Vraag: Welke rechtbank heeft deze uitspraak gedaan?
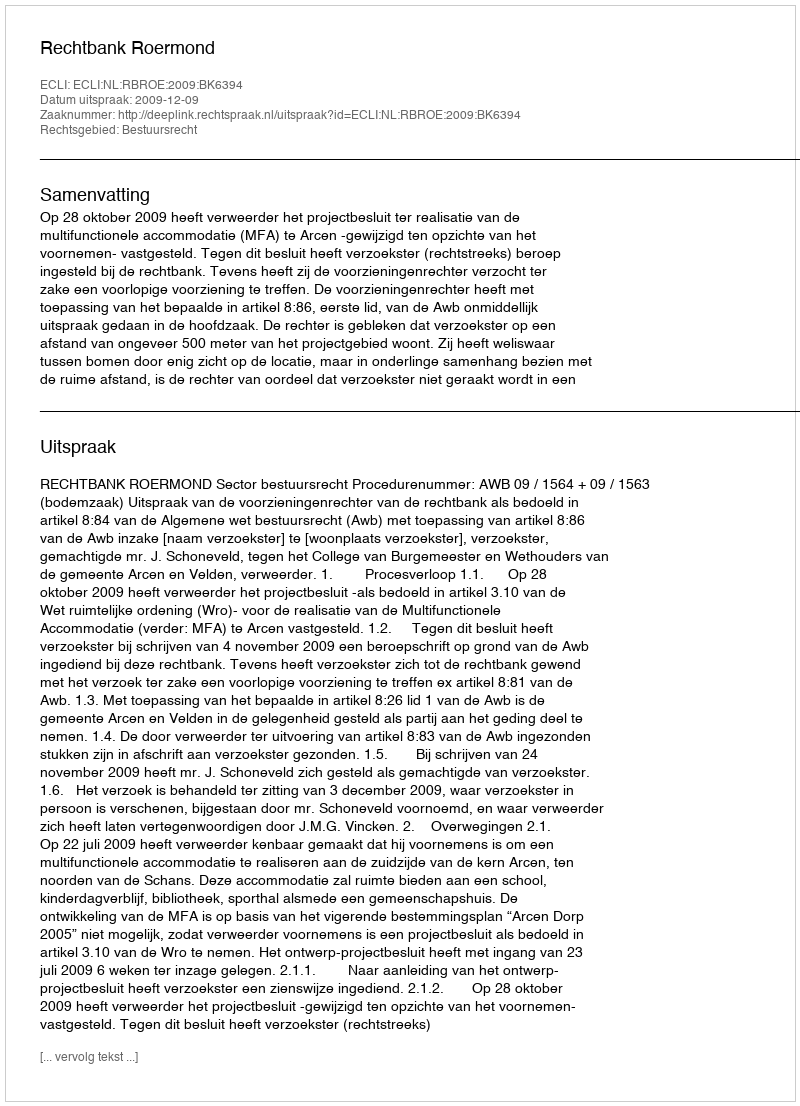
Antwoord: Rechtbank Roermond